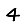
Digit: 4